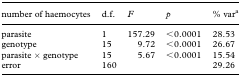
<table><thead><tr><td><b>number of haemocytes</b></td><td><b>d.f.</b></td><td><b><i>F</i></b></td><td><b><i>p</i></b></td><td><b>% var<sup>a</sup></b></td></tr></thead><tbody><tr><td>parasite</td><td>1</td><td>157.29</td><td>&lt;0.0001</td><td>28.53</td></tr><tr><td>genotype</td><td>15</td><td>9.72</td><td>&lt;0.0001</td><td>26.67</td></tr><tr><td>parasite × genotype</td><td>15</td><td>5.67</td><td>&lt;0.0001</td><td>15.54</td></tr><tr><td>error</td><td>160</td><td></td><td></td><td>29.26</td></tr></tbody></table>